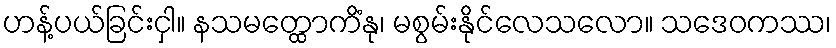
ဟန့်ပယ်ခြင်းငှါ။ နသမတ္ထောကိံနု၊ မစွမ်းနိုင်လေသလော။ သဒေဝကဿ၊